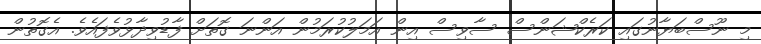
މި ނޫސްބަޔާނުގައި ކަރެކްޝަންސް ސާވިސް އިން އަމަލުކުރަމުން އަންނަ ގޮތަށް ފާޑުވިދާޅުވެފައެވެ. އެގޮތުން